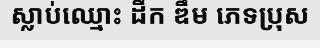
ស្លាប់ឈ្មោះ ដឹក ឌឹម ភេទប្រុស